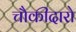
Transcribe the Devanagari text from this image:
चौकीदारो